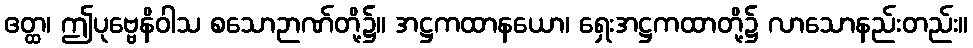
ဧတ္ထ၊ ဤပုဗ္ဗေနိဝါသ စသောဉာဏ်တို့၌။ အဋ္ဌကထာနယော၊ ရှေးအဋ္ဌကထာတို့၌ လာသောနည်းတည်း။